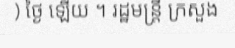
) ថ្ងៃ ឡើយ ។ រដ្ឋមន្ត្រី ក្រសួង